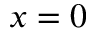
x = 0